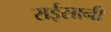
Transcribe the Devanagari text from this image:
राईसानी